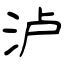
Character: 泸